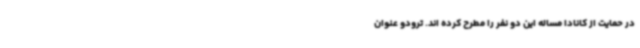
در حمایت از کانادا مساله این دو نفر را مطرح کرده اند. ترودو عنوان